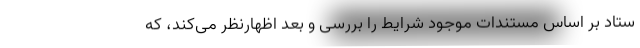
ستاد بر اساس مستندات موجود شرایط را بررسی و بعد اظهارنظر می‌کند، که